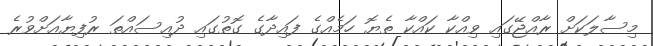
މިސާލަކަށް ރާއްޖޭގައި ވިއްކާ ކައްކާ ތެޔޮ ހަމެއްގެ ފައިދާގެ ގޮތުގައި ދުއިސައްތަ ރުފިޔާއަށްވުރެ